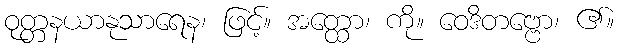
ဝုတ္တနယာနုသာရေန၊ ဖြင့်။ အတ္ထော၊ ကို။ ဝေဒိတဗ္ဗော၊ ၏။